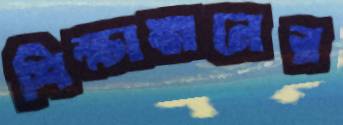
শিক্ষাঙ্গনের